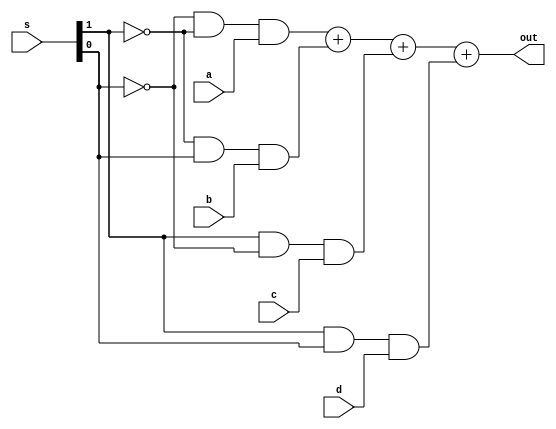
module mux4X1(a,b,c,d,s,out);
input a,b,c,d;
input [1:0]s;
output out;
assign out=(~s[0]&~s[1]&a)+(~s[1]&s[0]&b)+(s[1]&~s[0]&c)+(s[1]&s[0]&d);
endmodule